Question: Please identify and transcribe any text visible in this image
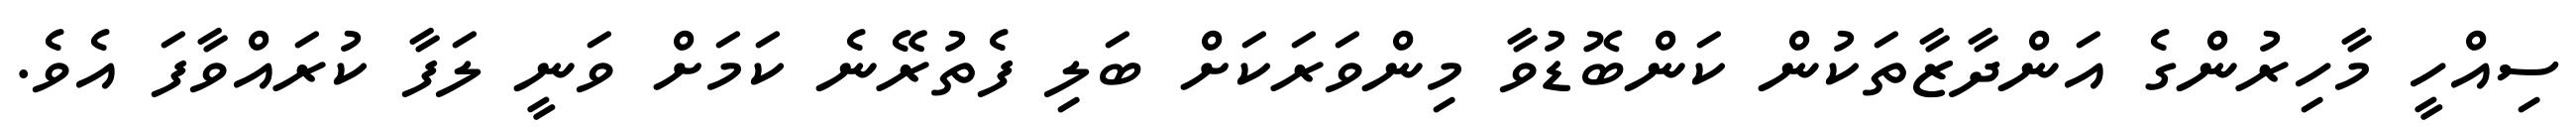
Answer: ސިއްހީ މާހިރުންގެ އަންދާޒާތަކުން ކަންބޮޑުވާ މިންވަރަކަށް ބަލި ފެތުރޭނެ ކަމަށް ވަނީ ލަފާ ކުރައްވާފަ އެވެ.